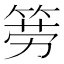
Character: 𱸇